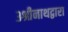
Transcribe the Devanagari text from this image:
३श्रीनाथद्वारा